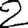
Digit: 2